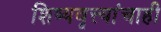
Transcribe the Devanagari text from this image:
शिष्यवृत्त्यांचाही